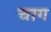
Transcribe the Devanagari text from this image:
चाग